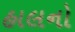
હાલનો